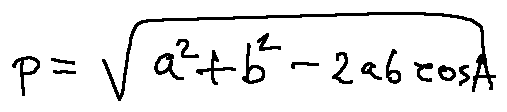
p = \sqrt { a ^ { 2 } + b ^ { 2 } - 2 a b \cos A }